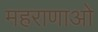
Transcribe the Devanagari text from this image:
महराणाओ